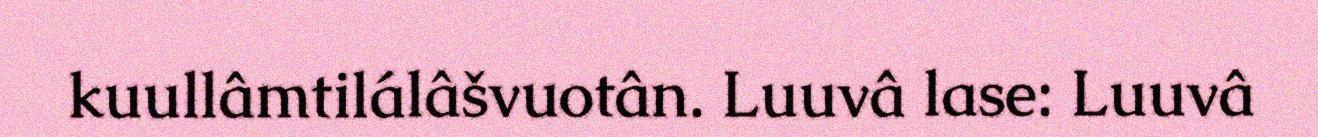
kuullâmtilálâšvuotân. Luuvâ lase: Luuvâ